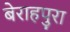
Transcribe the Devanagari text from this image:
बेराहपुरा